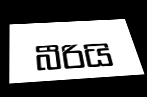
බීරියි